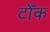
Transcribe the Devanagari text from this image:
टोँक